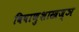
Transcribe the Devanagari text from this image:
विषाणुशास्त्रज्ञ